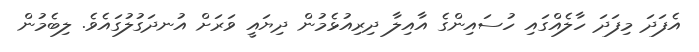
އެފަދަ މިފަދަ ހާލެއްގައި ހުސައިންގެ އާއިލާ ދިރިއުޅެމުން ދިޔައީ ވަރަށް އުނދަގުލުގައެވެ. ލިބެމުން